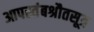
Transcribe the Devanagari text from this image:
आपस्तंबश्रौतसूत्र